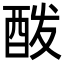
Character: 酦